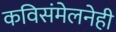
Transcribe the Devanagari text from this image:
कविसंमेलनेही